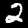
Label: 2